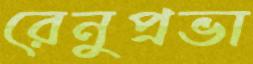
রেনুপ্রভা